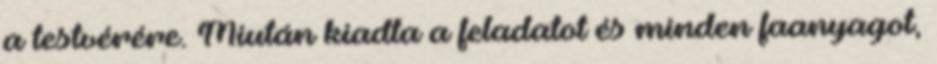
a testvérére. Miután kiadta a feladatot és minden faanyagot,